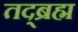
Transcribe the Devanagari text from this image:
तद्ब्रह्म